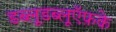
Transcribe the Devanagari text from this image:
डब्लूडब्लूऍफ़के